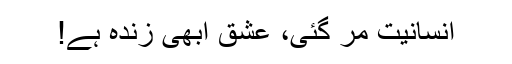
انسانیت مر گئی، عشق ابھی زندہ ہے!